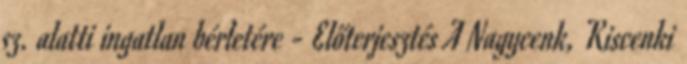
sz. alatti ingatlan bérletére - Előterjesztés A Nagycenk, Kiscenki